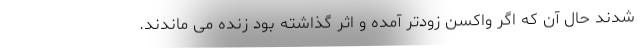
شدند حال آن که اگر واکسن زودتر آمده و اثر گذاشته بود زنده می ماندند.